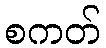
စကတ်